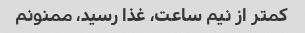
کمتر از نیم ساعت، غذا رسید، ممنونم